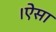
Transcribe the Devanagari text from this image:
।ऐसा